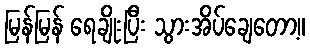
မြန်မြန် ရေချိုးပြီး သွားအိပ်ချေတော့။